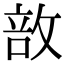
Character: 敨